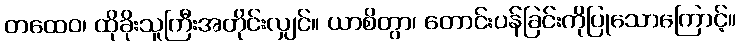
တထေဝ၊ ထိုခိုးသူကြီးအတိုင်းလျှင်။ ယာစိတွာ၊ တောင်းပန်ခြင်းကိုပြုသောကြောင့်။